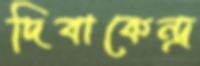
দিবাকেন্দ্র